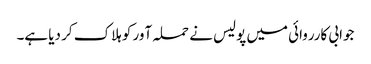
جوابی کارروائی میں پولیس نے حملہ آور کو ہلاک کر دیا ہے۔